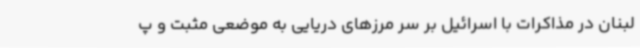
لبنان در مذاکرات با اسرائیل بر سر مرزهای دریایی به موضعی مثبت و پ